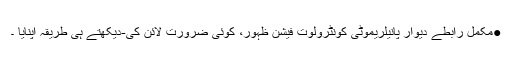
●مکمل رابطے دیوار پانیلریموٹی کونٹرولوت فیشن ظہور، کوئی ضرورت لائن کی-دیکھتے ہی طریقہ اپنایا ۔